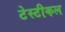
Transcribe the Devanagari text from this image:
टेस्टीकल